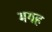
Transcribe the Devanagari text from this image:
मगह